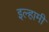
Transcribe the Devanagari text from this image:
इल्हामी